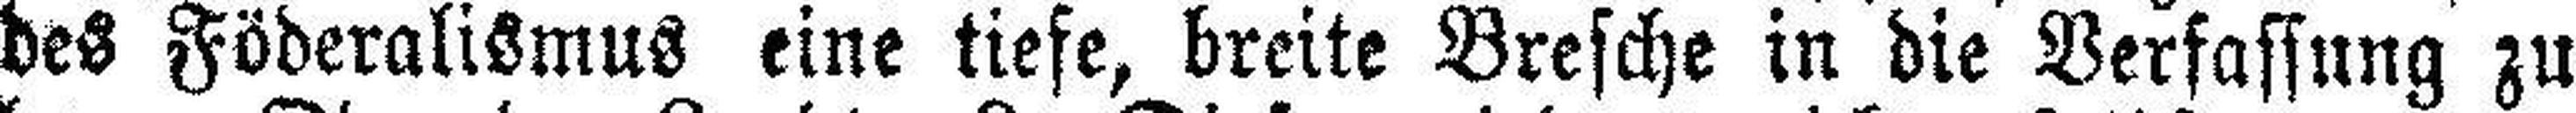
des Föderalismus eine tiefe, breite Bresche in die Verfassung zu